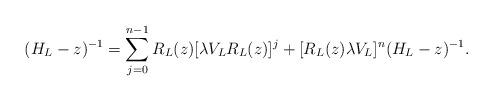
LaTeX: \begin{align*} ( H_L - z)^{-1} & = \sum_{j=0}^{n-1} R_L(z) [ \lambda V_L R_L(z) ]^j + [R_L(z) \lambda V_L ]^{n} ( H_L - z)^{-1} . \end{align*}